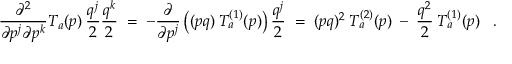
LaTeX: \frac { \partial ^ { 2 } } { \partial p ^ { j } \partial p ^ { k } } T _ { a } ( p ) \: \frac { q ^ { j } } { 2 } \frac { q ^ { k } } { 2 } \; = \; - \frac { \partial } { \partial p ^ { j } } \left( ( p q ) \: T _ { a } ^ { ( 1 ) } ( p ) \right) \frac { q ^ { j } } { 2 } \; = \; ( p q ) ^ { 2 } \: T _ { a } ^ { ( 2 ) } ( p ) \: - \: \frac { q ^ { 2 } } { 2 } \: T _ { a } ^ { ( 1 ) } ( p ) \; \; \; .